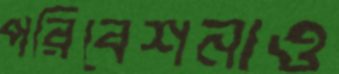
পরিবেশনাও